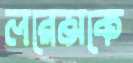
লরেন্সকে